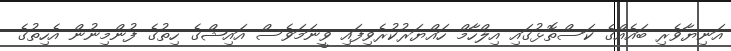
އަނިޔާވެރި ބައެއްގެ ކަސްތޮޅުގައި އިލްހާމް ހައްޔަރުކުރެވިފައި ވީނަމަވެސް އައިޝްގެ ހިތުގެ ފުންމިނުން އެހިތުގެ